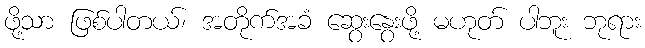
ဖို့သာ ဖြစ်ပါတယ်၊ အတိုက်အခံ ဆွေးနွေးဖို့ မဟုတ် ပါဘူး ဘုရား